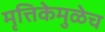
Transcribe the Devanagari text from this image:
मृत्तिकेमुळेच